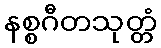
နစ္စဂီတသုတ္တံ